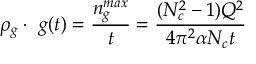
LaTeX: \rho _ { g } \cdot \ g ( t ) = { \frac { n _ { g } ^ { m a x } } { t } } = { \frac { ( N _ { c } ^ { 2 } - 1 ) Q ^ { 2 } } { 4 \pi ^ { 2 } \alpha N _ { c } t } }